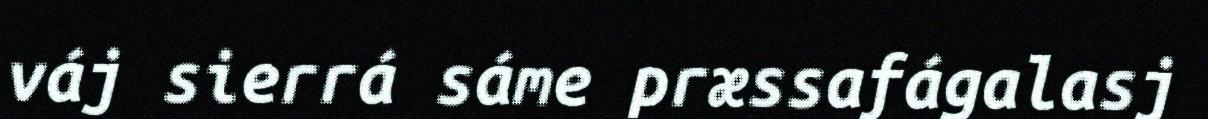
váj sierrá sáme præssafágalasj